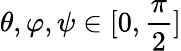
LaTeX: \theta,\varphi,\psi\in[0,\frac{\pi}{2}]